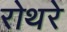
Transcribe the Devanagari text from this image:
रोथरे